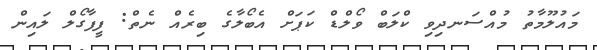
މައުލޫމާތު މުއްސަނދިވި ކްލަބް ވޯލްޑް ކަޕަށް އެބޯލާގެ ބިރެއް ނެތް: ފީފާގޯލް ލައިން